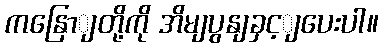
ကနြောျတို့ကို အိမျပွနျခှင့ျပေးပါ။